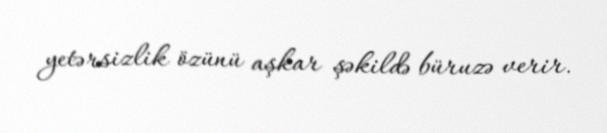
yetərsizlik özünü aşkar şəkildə büruzə verir.